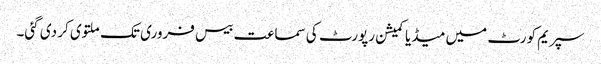
سپریم کورٹ میں میڈیا کمیشن رپورٹ کی سماعت بیس فروری تک ملتوی کر دی گئی۔